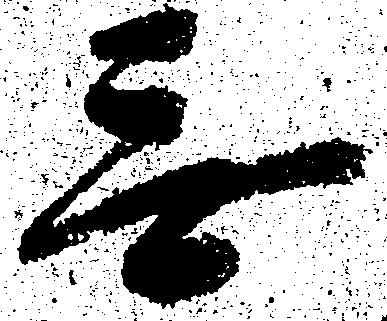
無